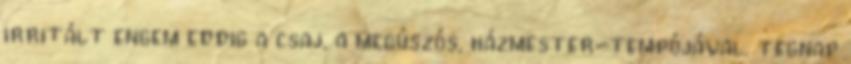
irritált engem eddig a csaj, a megúszós, házmester-tempójával. tegnap